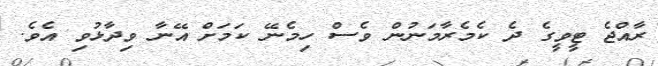
ރާއްޖެ ޓީވީގެ ދެ ކެމެރާމަނުން ވެސް ހިމެނޭ ކަމަށް އޭނާ ވިދާޅުވި އެވެ.